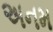
અનમ